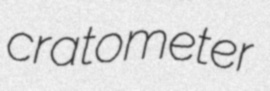
cratometer